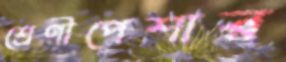
শ্রেণীপেশার